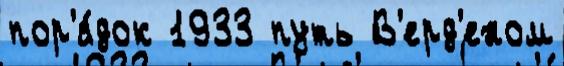
пор'я́док 1933 путь В'ерд'еном